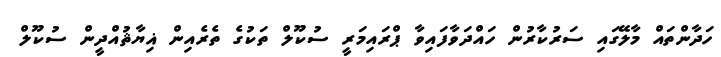
ހަދާންތައް މާލޭގައި ސަރުކާރުން ހައްދަވާފައިވާ ޕްރައިމަރީ ސުކޫލް ތަކުގެ ތެރެއިން ޣިޔާޘުއްދީން ސުކޫލް